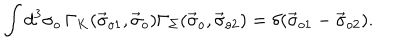
LaTeX: \int d ^ { 3 } \sigma _ { o } \, \Gamma _ { K } ( \vec { \sigma } _ { o 1 } , \vec { \sigma } _ { o } ) \Gamma _ { \Sigma } ( \vec { \sigma } _ { o } , \vec { \sigma } _ { o 2 } ) = \delta ( \vec { \sigma } _ { o 1 } - \vec { \sigma } _ { o 2 } ) .